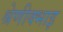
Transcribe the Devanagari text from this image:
श्रेणीक्भाइ